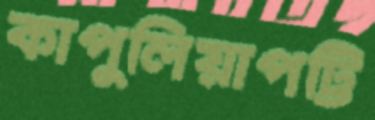
কাপুলিয়াপট্টি